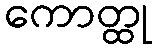
ကောတ္ထု